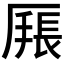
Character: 𰆩